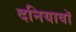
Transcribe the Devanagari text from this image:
दनियावॉ